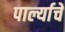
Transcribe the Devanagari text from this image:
पार्ल्याचे